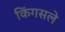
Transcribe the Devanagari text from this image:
किंगसले